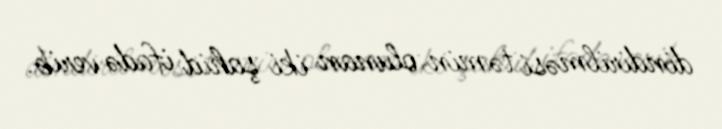
dindirilməsi təmin olunan iki şahid ifadə verib.